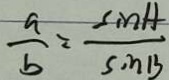
\frac { a } { b } = \frac { \sin A } { \sin B }